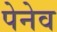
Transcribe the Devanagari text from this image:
पेनेव